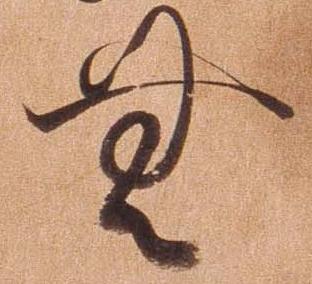
無